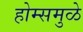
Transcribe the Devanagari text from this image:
होम्समुळे